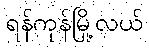
ရန်ကုန်မြို့လယ်